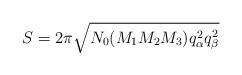
LaTeX: \begin{align*}S = 2\pi \sqrt{N_0 (M_1 M_2 M_3) q_\alpha^2 q_\beta^2}\end{align*}